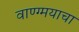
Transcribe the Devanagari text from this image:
वाण्ग्मयाचा